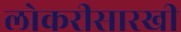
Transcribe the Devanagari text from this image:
लोकरीसारखी